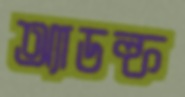
অ্যাডল্ফ